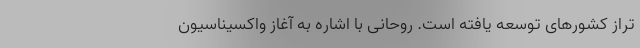
تراز کشورهای توسعه یافته است. روحانی با اشاره به آغاز واکسیناسیون